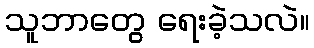
သူဘာတွေ ရေးခဲ့သလဲ။